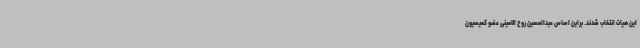
این هیات انتخاب شدند. براین اساس عبدالحسین روح الامینی عضو کمیسیون